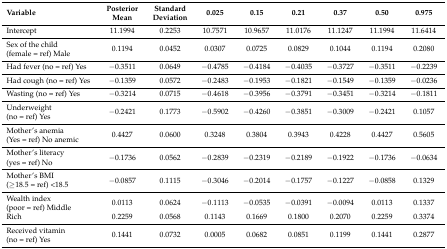
<table><thead><tr><td><b>Variable</b></td><td><b>Posterior Mean</b></td><td><b>Standard Deviation</b></td><td><b>0.025</b></td><td><b>0.15</b></td><td><b>0.21</b></td><td><b>0.37</b></td><td><b>0.50</b></td><td><b>0.975</b></td></tr></thead><tbody><tr><td>Intercept</td><td>11.1994 </td><td>0.2253</td><td>10.7571</td><td>10.9657</td><td>11.0176</td><td>11.1247</td><td>11.1994</td><td>11.6414</td></tr><tr><td>Sex of the child (female = ref) Male</td><td>0.1194 </td><td>0.0452</td><td>0.0307</td><td>0.0725</td><td>0.0829</td><td>0.1044</td><td>0.1194</td><td>0.2080</td></tr><tr><td>Had fever (no = ref) Yes</td><td>−0.3511</td><td>0.0649</td><td>−0.4785</td><td>−0.4184</td><td>−0.4035</td><td>−0.3727</td><td>−0.3511</td><td>−0.2239</td></tr><tr><td>Had cough (no = ref) Yes</td><td>−0.1359</td><td>0.0572</td><td>−0.2483</td><td>−0.1953</td><td>−0.1821</td><td>−0.1549</td><td>−0.1359</td><td>−0.0236</td></tr><tr><td>Wasting (no = ref) Yes</td><td>−0.3214</td><td>0.0715</td><td>−0.4618</td><td>−0.3956</td><td>−0.3791</td><td>−0.3451</td><td>−0.3214</td><td>−0.1811</td></tr><tr><td>Underweight (no = ref) Yes</td><td>−0.2421</td><td>0.1773</td><td>−0.5902</td><td>−0.4260</td><td>−0.3851</td><td>−0.3009</td><td>−0.2421</td><td>0.1057</td></tr><tr><td>Mother’s anemia (Yes = ref) No anemic</td><td>0.4427</td><td>0.0600</td><td>0.3248</td><td>0.3804</td><td>0.3943</td><td>0.4228</td><td>0.4427</td><td>0.5605</td></tr><tr><td>Mother’s literacy (yes = ref) No</td><td>−0.1736</td><td>0.0562</td><td>−0.2839</td><td>−0.2319</td><td>−0.2189</td><td>−0.1922</td><td>−0.1736</td><td>−0.0634</td></tr><tr><td>Mother’s BMI (≥18.5 = ref) &lt;18.5</td><td>−0.0857</td><td>0.1115</td><td>−0.3046</td><td>−0.2014</td><td>−0.1757</td><td>−0.1227</td><td>−0.0858</td><td>0.1329</td></tr><tr><td>Wealth index (poor = ref) Middle</td><td>0.0113</td><td>0.0624</td><td>−0.1113</td><td>−0.0535</td><td>−0.0391</td><td>−0.0094</td><td>0.0113</td><td>0.1337</td></tr><tr><td>Rich</td><td>0.2259</td><td>0.0568</td><td>0.1143</td><td>0.1669</td><td>0.1800</td><td>0.2070</td><td>0.2259</td><td>0.3374</td></tr><tr><td>Received vitamin (no = ref) Yes</td><td>0.1441</td><td>0.0732</td><td>0.0005</td><td>0.0682</td><td>0.0851</td><td>0.1199</td><td>0.1441</td><td>0.2877</td></tr></tbody></table>